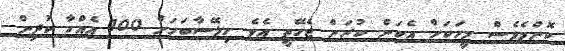
ކޮންމެވެސް މީހަކަށް އެކަން ކުރަން ޖެހޭތީ އެވެ. ހިލޭސާބަހަށް 100 އެއްހާ ކުދިން